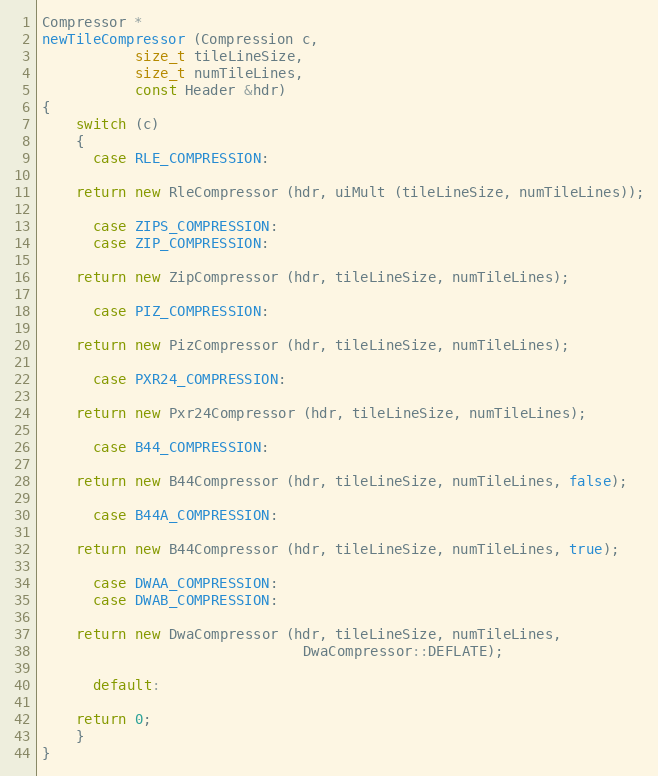
Language: C++
Compressor *
newTileCompressor (Compression c,
		   size_t tileLineSize,
		   size_t numTileLines,
		   const Header &hdr)
{
    switch (c)
    {
      case RLE_COMPRESSION:

	return new RleCompressor (hdr, uiMult (tileLineSize, numTileLines));

      case ZIPS_COMPRESSION:
      case ZIP_COMPRESSION:

	return new ZipCompressor (hdr, tileLineSize, numTileLines);

      case PIZ_COMPRESSION:

	return new PizCompressor (hdr, tileLineSize, numTileLines);

      case PXR24_COMPRESSION:

	return new Pxr24Compressor (hdr, tileLineSize, numTileLines);

      case B44_COMPRESSION:

	return new B44Compressor (hdr, tileLineSize, numTileLines, false);

      case B44A_COMPRESSION:

	return new B44Compressor (hdr, tileLineSize, numTileLines, true);

      case DWAA_COMPRESSION:
      case DWAB_COMPRESSION:

	return new DwaCompressor (hdr, tileLineSize, numTileLines,
                               DwaCompressor::DEFLATE);

      default:

	return 0;
    }
}